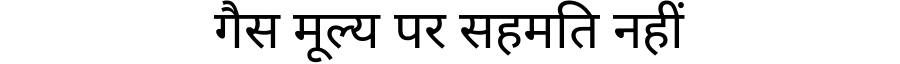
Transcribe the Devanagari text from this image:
गैस मूल्य पर सहमति नहीं